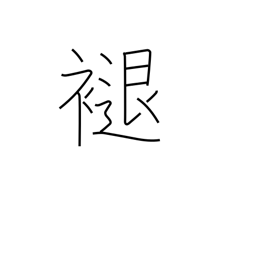
Meaning: discolour